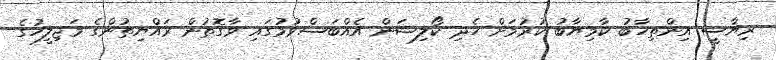
ރިޔާސީ އިންތިޚާބު ކާމިޔާބު ކުރުމަށް ހެދި ކޯލިޝަން އެއްބަސްވުމުގައި ވާގޮތުން ރައްޔިތުންގެ މަޖިލީހުގެ